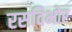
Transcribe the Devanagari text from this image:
रसविभोर